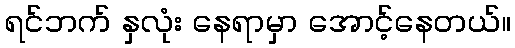
ရင်ဘက် နှလုံး နေရာမှာ အောင့်နေတယ်။